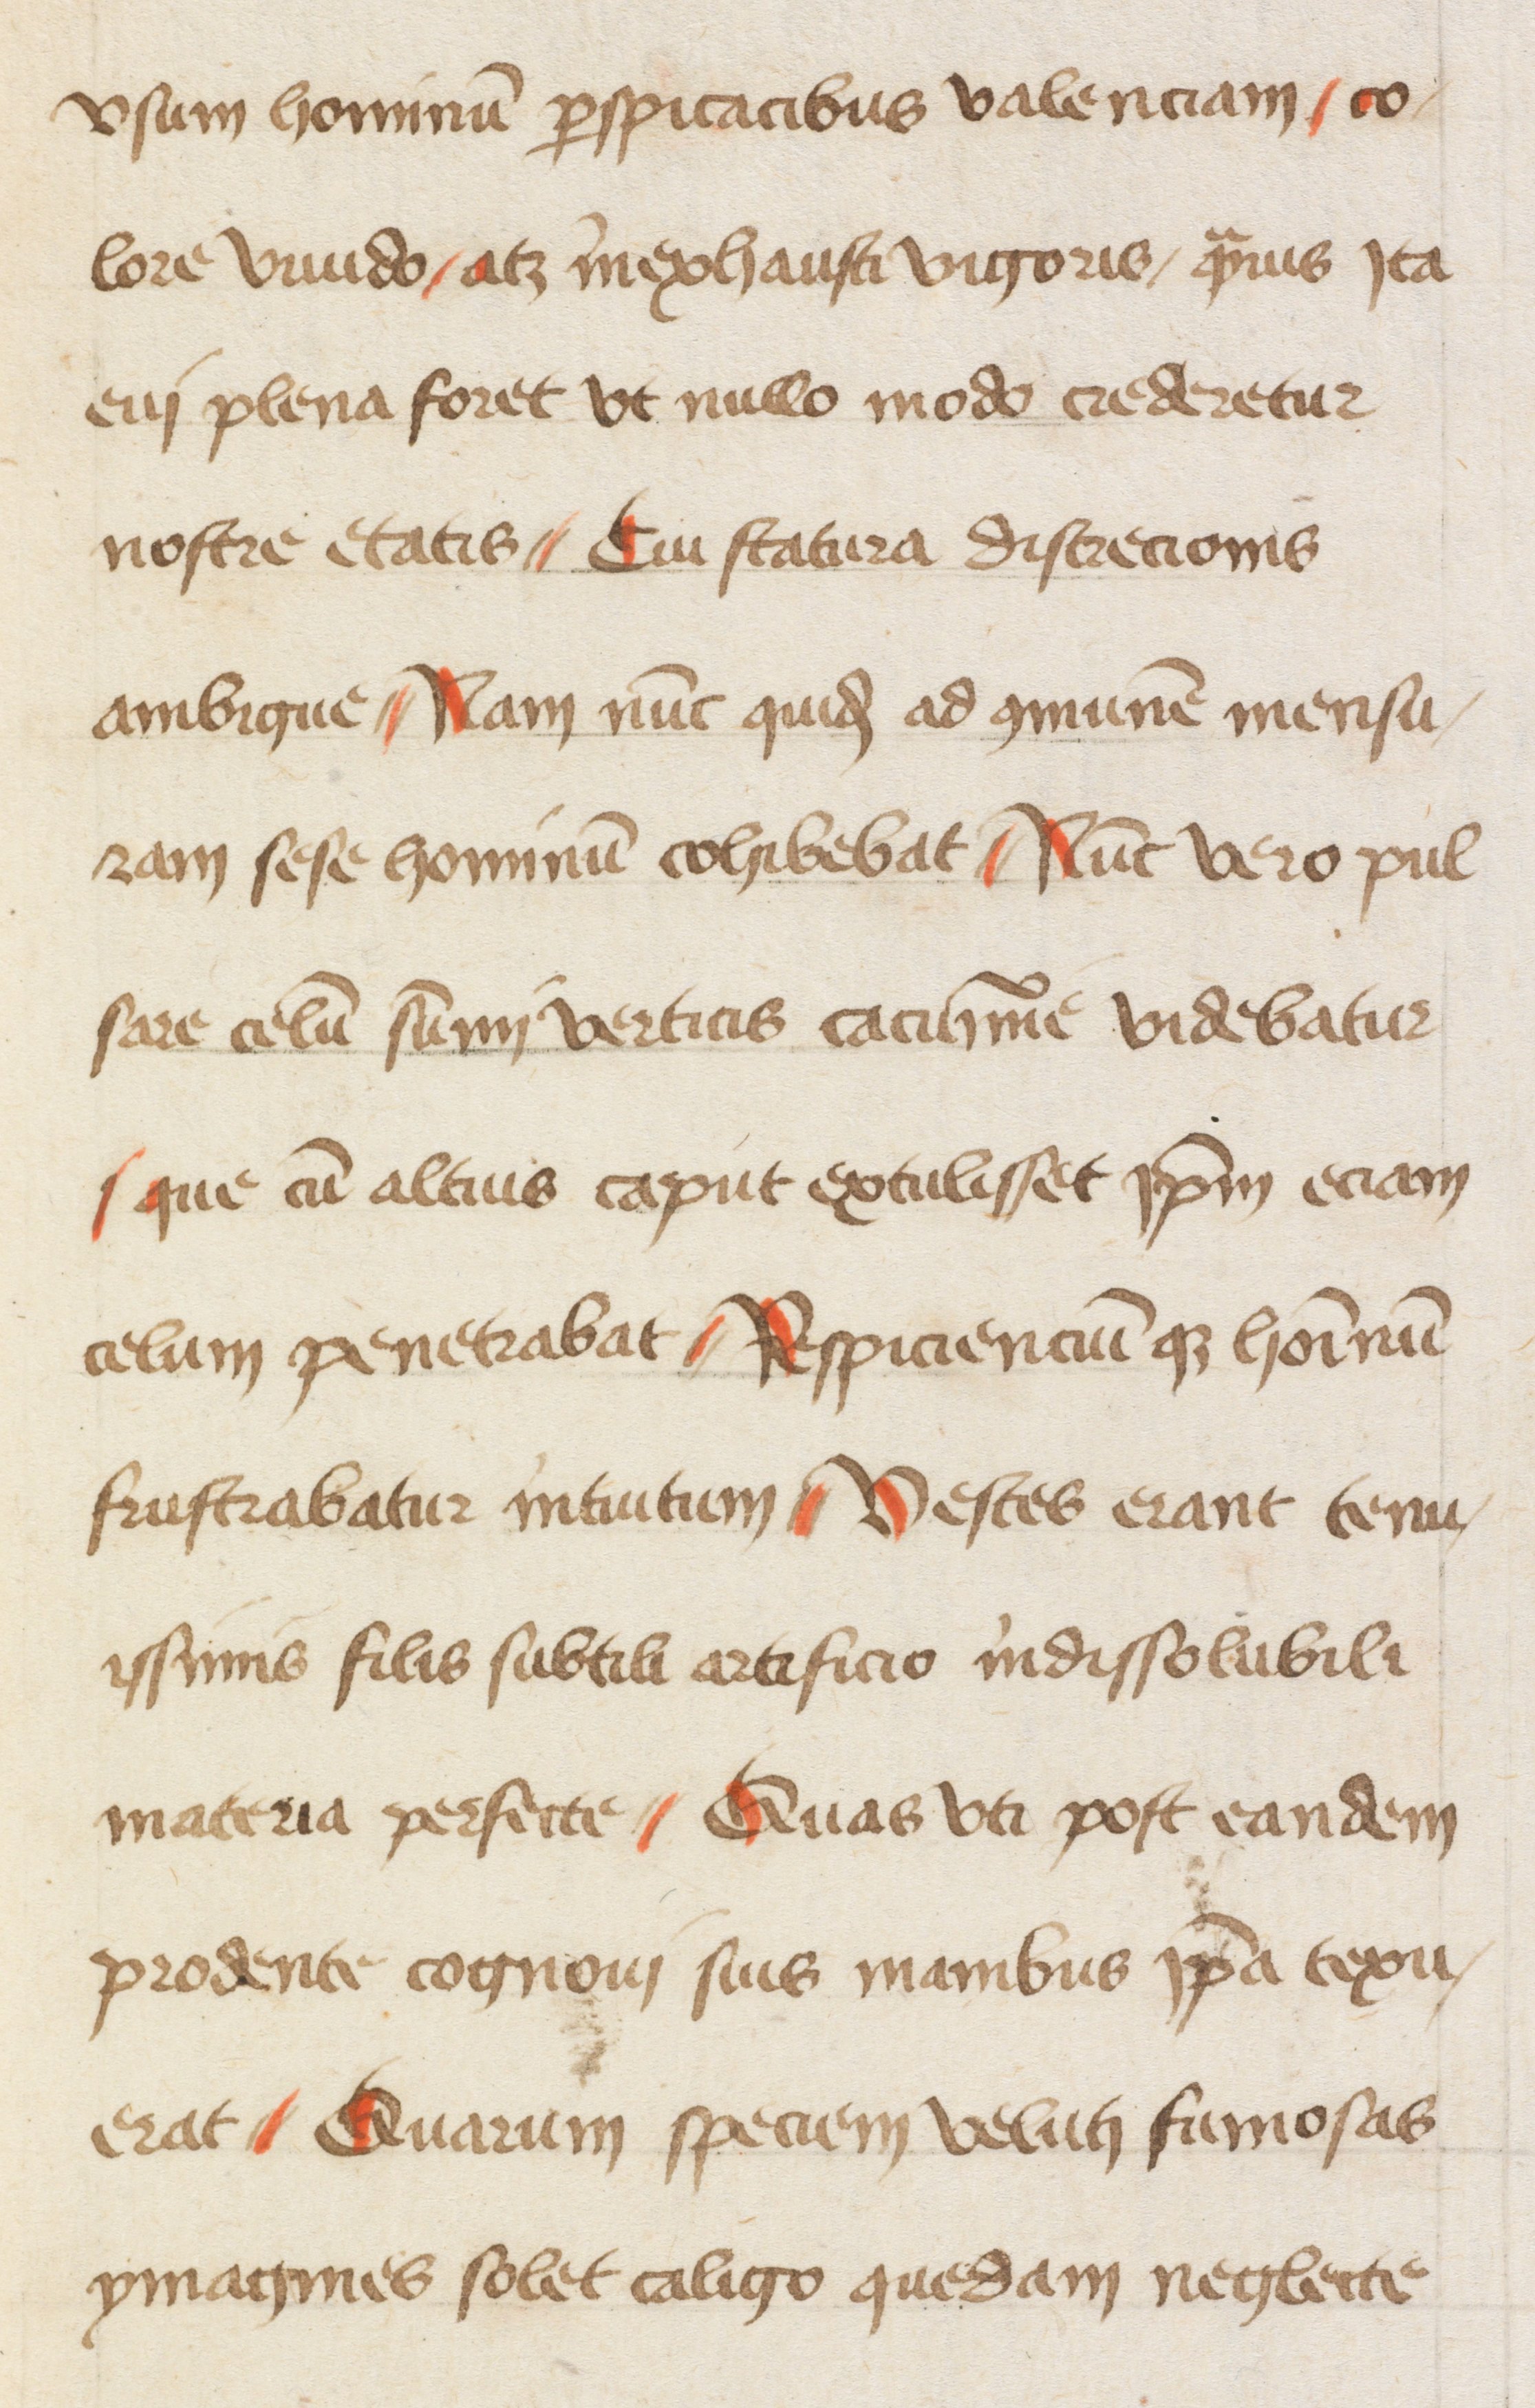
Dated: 1447–1447